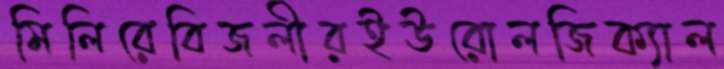
মিলিরেবিজলীরইউরোলজিক্যাল